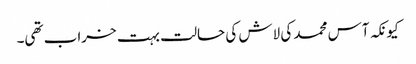
کیونکہ آس محمد کی لاش کی حالت بہت خراب تھی۔